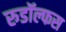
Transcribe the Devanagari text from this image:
रुडॉल्फस